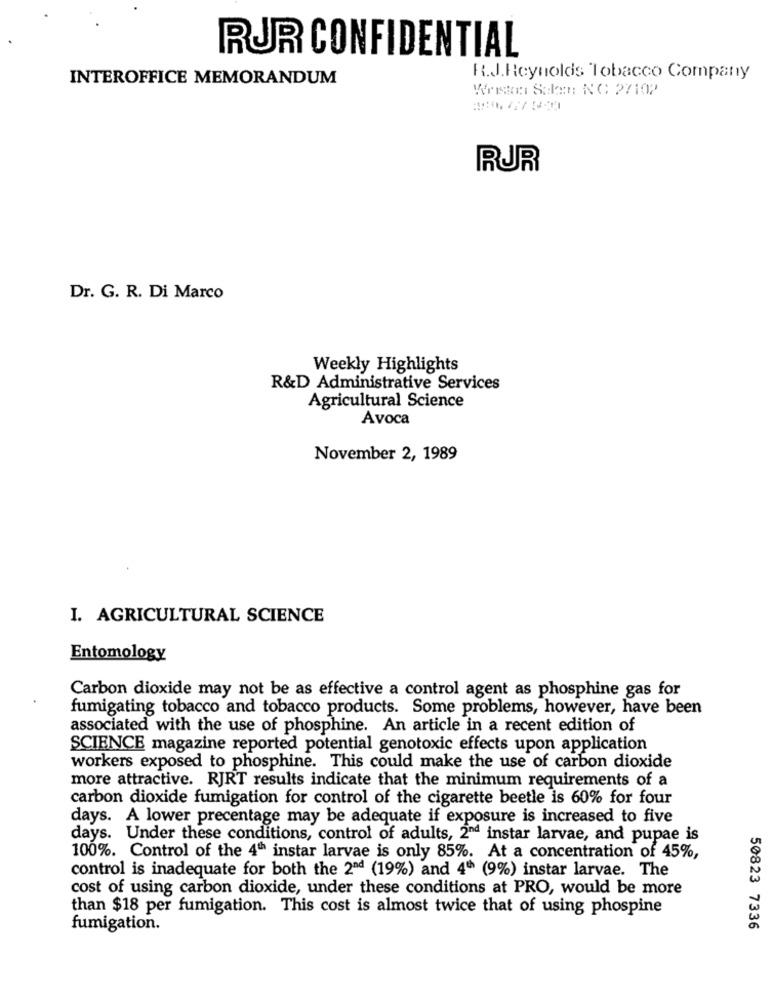
RUR CONFIDENTIAL
INTEROFFICE MEMORANDUM
R.J.Reynolds Tobacco Company
Wriston Salen: NC 27102
RUR
Dr. G. R. Di Marco
Weekly Highlights
R&D Administrative Services
Agricultural Science
Avoca
November 2, 1989
I. AGRICULTURAL SCIENCE
Entomology
Carbon dioxide may not be as effective a control agent as phosphine gas for
fumigating tobacco and tobacco products. Some problems, however, have been
associated with the use of phosphine. An article in a recent edition of
SCIENCE magazine reported potential genotoxic effects upon application
workers exposed to phosphine. This could make the use of carbon dioxide
more attractive. RJRT results indicate that the minimum requirements of a
carbon dioxide fumigation for control of the cigarette beetle is 60% for four
days. A lower precentage may be adequate if exposure is increased to five
days. Under these conditions, control of adults, 2ªd instar larvae, and pupae is
100%. Control of the 4th instar larvae is only 85%. At a concentration of 45%,
control is inadequate for both the 2nd (19%) and 4th (9%) instar larvae. The
cost of using carbon dioxide, under these conditions at PRO, would be more
than $18 per fumigation. This cost is almost twice that of using phospine
fumigation.
50823 7336